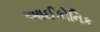
આઈકોનિક